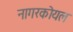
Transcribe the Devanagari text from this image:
नागरकोयल